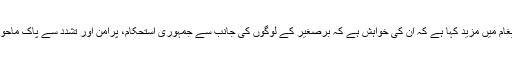
بھارتی وزیراعظم نریندر مودی نے اپنے پیغام میں مزید کہا ہے کہ ان کی خواہش ہے کہ برصغیر کے لوگوں کی جانب سے جمہوری استحکام، پرامن اور تشدد سے پاک ماحول، خوشحالی اور ترقی کیلئے کام کیا جائے۔